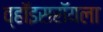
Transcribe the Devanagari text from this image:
व्हॉइसरॉयला